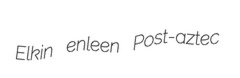
Elkin enleen Post-aztec